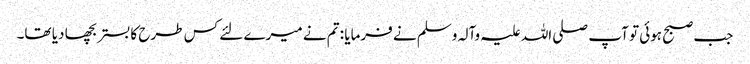
جب صبح ہوئی تو آپ صلی اللہ علیہ وآلہ وسلم نے فرمایا : تم نے میرے لئے کس طرح کا بستر بچھا دیا تھا۔